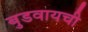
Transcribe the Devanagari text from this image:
बुडवायची